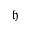
\mathfrak { h }